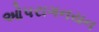
ઓપરાગનયન